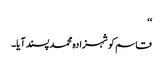
‘‘
قاسم کو شہزادہ محمد پسند آیا۔